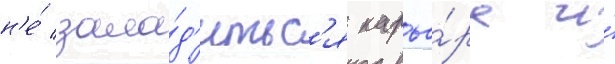
н'е́ зала́д'итьс'я карье́ра и́